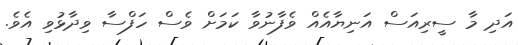
އަދި މާ ސީރިއަސް އަނިޔާއެއް ވެފާނުވާ ކަމަށް ވެސް ހަފްސާ ވިދާޅުވި އެވެ.